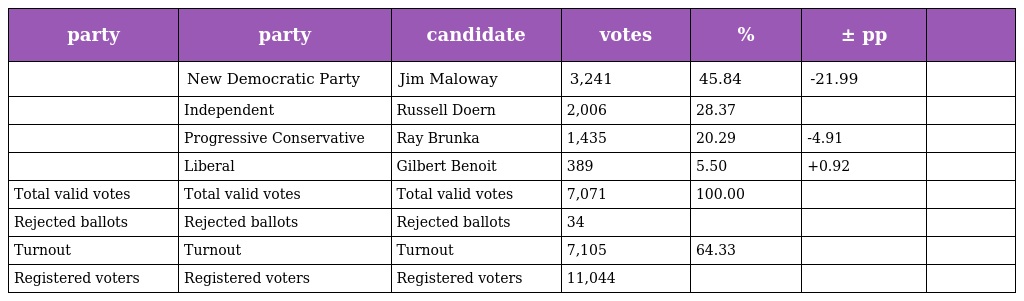
| party | party | candidate | votes | % | ± pp |  |
 | --- | --- | --- | --- | --- | --- | --- |
 |  | New Democratic Party | Jim Maloway | 3,241 | 45.84 | -21.99 |  |
 |  | Independent | Russell Doern | 2,006 | 28.37 |  |  |
 |  | Progressive Conservative | Ray Brunka | 1,435 | 20.29 | -4.91 |  |
 |  | Liberal | Gilbert Benoit | 389 | 5.50 | +0.92 |  |
 | Total valid votes | Total valid votes | Total valid votes | 7,071 | 100.00 |  |  |
 | Rejected ballots | Rejected ballots | Rejected ballots | 34 |  |  |  |
 | Turnout | Turnout | Turnout | 7,105 | 64.33 |  |  |
 | Registered voters | Registered voters | Registered voters | 11,044 |  |  |  |